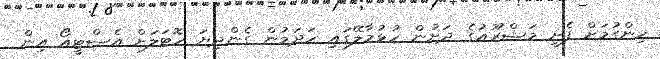
ހިންގުމަށް ފެށި މަޝްރޫއުގެ ދަށުން ހުޅުމާލޭގައި ހަދަމުން ގެންދިޔަ ހޮޓަލަށް އެސްޓީއޯ އިން